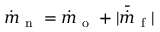
\dot { m } _ { \mathrm { ~ n ~ } } = \dot { m } _ { \mathrm { ~ o ~ } } + | \bar { \dot { m } } _ { \mathrm { ~ f ~ } } |